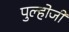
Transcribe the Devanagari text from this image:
पुल्होजी